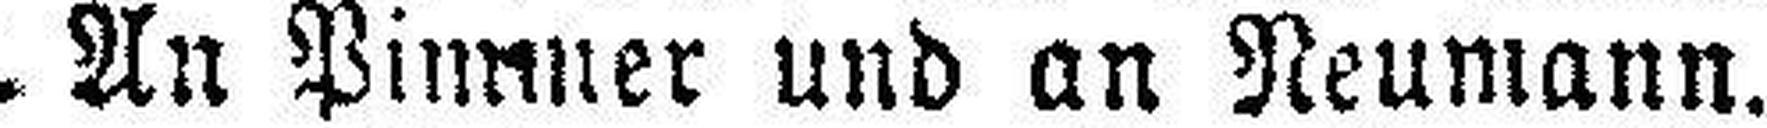
An Pimmer und an Neumann.